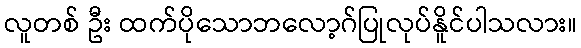
လူတစ် ဦး ထက်ပိုသောဘလော့ဂ်ပြုလုပ်နိူင်ပါသလား။